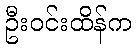
ဦးဝင်းထိန်က